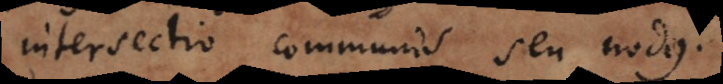
intersectio communis seu nodus.